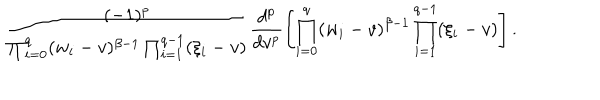
\frac { ( - 1 ) ^ { p } } { \prod _ { i = 0 } ^ { q } ( w _ { i } - v ) ^ { \beta - 1 } \prod _ { i = 1 } ^ { q - 1 } ( \xi _ { i } - v ) } \frac { d ^ { p } } { d v ^ { p } } \left[ \prod _ { i = 0 } ^ { q } ( w _ { i } - v ) ^ { \beta - 1 } \prod _ { i = 1 } ^ { q - 1 } ( \xi _ { i } - v ) \right] .